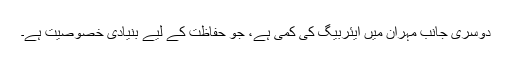
دوسری جانب مہران میں ایئربیگ کی کمی ہے، جو حفاظت کے لیے بنیادی خصوصیت ہے۔